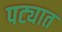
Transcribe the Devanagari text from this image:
पट्यात